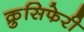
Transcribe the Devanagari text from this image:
क्रुसिफेरी